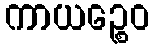
ကာယဉ္စေဝ